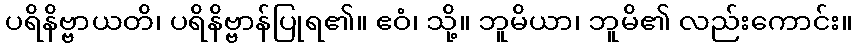
ပရိနိဗ္ဗာယတိ၊ ပရိနိဗ္ဗာန်ပြုရ၏။ ဧဝံ၊ သို့။ ဘူမိယာ၊ ဘူမိ၏ လည်းကောင်း။